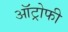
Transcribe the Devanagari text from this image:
ऑट्रोफी